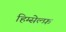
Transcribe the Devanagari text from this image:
हिम्सेल्फ़